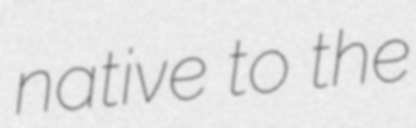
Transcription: native to the